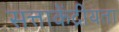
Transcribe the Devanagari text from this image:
सत्ताकेंद्रीयता